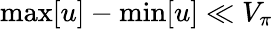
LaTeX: \operatorname*{max}[u]-\operatorname*{min}[u]\ll V_{\pi}